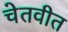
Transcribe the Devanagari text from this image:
चेतवीत